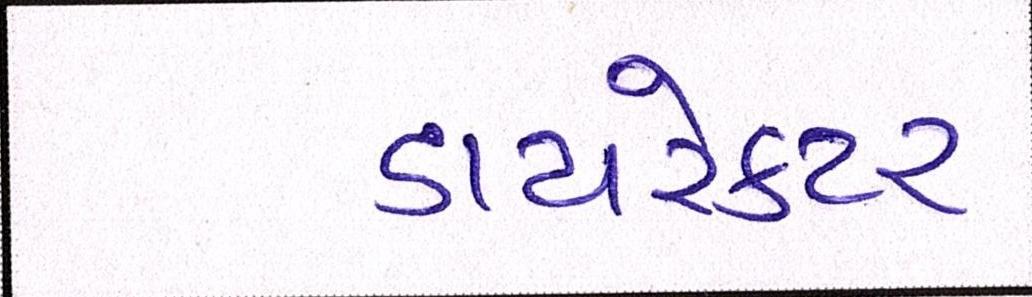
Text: ડાયરેકટર